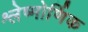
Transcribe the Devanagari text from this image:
श्लेष्मोर्णिक